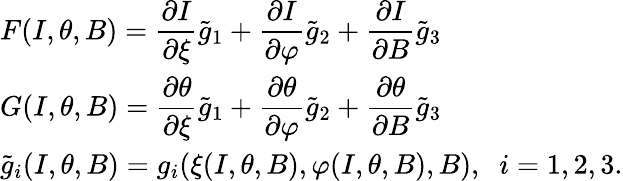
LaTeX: \begin{array}{l}{\displaystyle F(I,\theta,B)=\frac{\partial I}{\partial\xi}\tilde{g}_{1}+\frac{\partial I}{\partial\varphi}\tilde{g}_{2}+\frac{\partial I}{\partial B}\tilde{g}_{3}}\\ {\displaystyle G(I,\theta,B)=\frac{\partial\theta}{\partial\xi}\tilde{g}_{1}+\frac{\partial\theta}{\partial\varphi}\tilde{g}_{2}+\frac{\partial\theta}{\partial B}\tilde{g}_{3}}\\ {\tilde{g}_{i}(I,\theta,B)=g_{i}(\xi(I,\theta,B),\varphi(I,\theta,B),B),\; \; i=1,2,3.}\end{array}